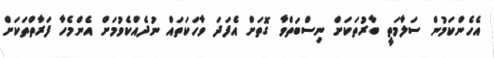
އެހެންކަމުން ސަލާމަތީ ބާރުތަކަށް ނިސްބަތްވާ ގޮތަށް އެފަދަ ވާހަކަތައް ނުދެއްކެވުމަށް އެންމެހާ ފަރާތްތަކަށް